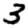
Digit: 3